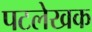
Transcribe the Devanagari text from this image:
पटलेखक